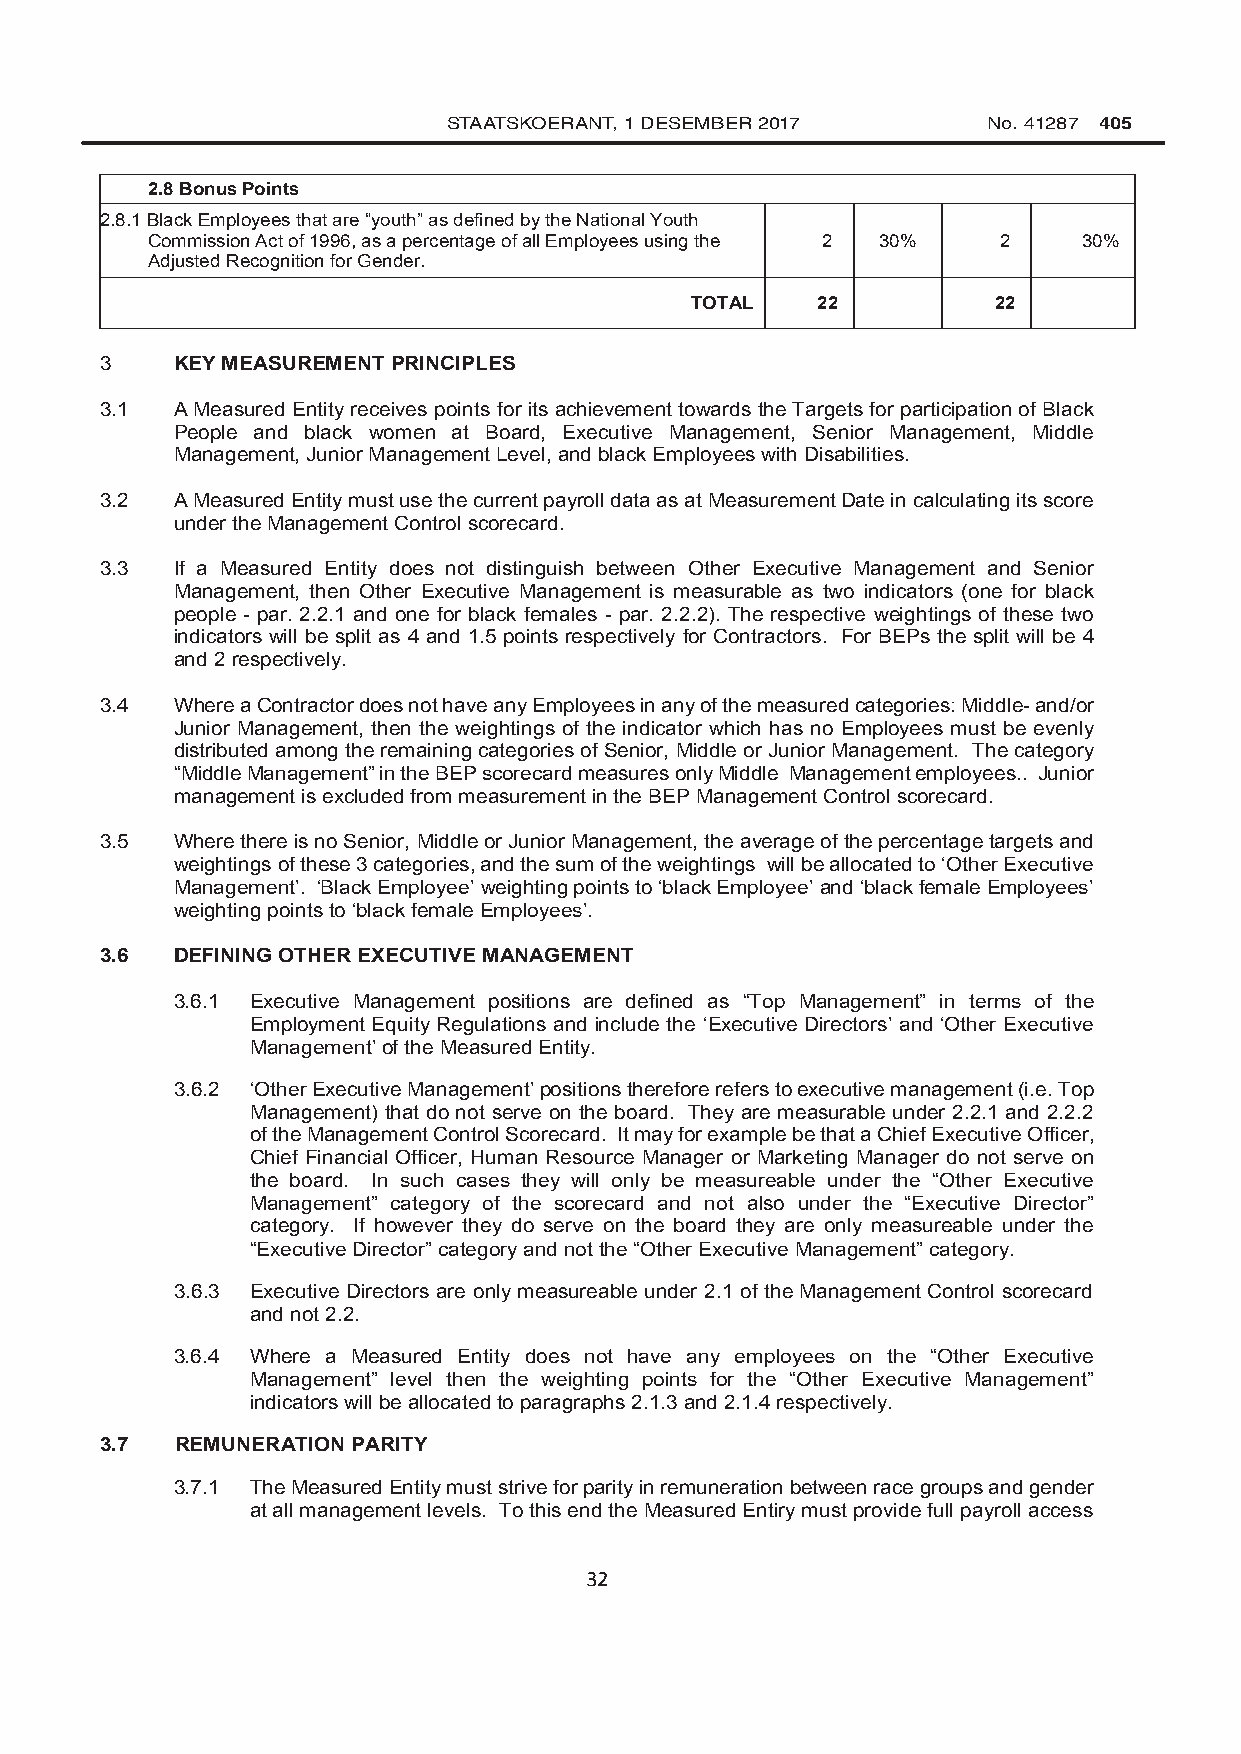
STAATSKOERANT, 1 DESEMBER 2017     No. 41287 405
 2.8 Bonus Points
 2.8.1 Black Employees that are “youth” as defined by the National Youth
 Commission Act of 1996, as a percentage of all Employees using the 2 30% 2 30%
 Adjusted Recognition for Gender.
 TOTAL   22          22
 3   KEY MEASUREMENT PRINCIPLES
 3.1 A Measured Entity receives points for its achievement towards the Targets for participation of Black
 People and black women at Board, Executive Management, Senior Management, Middle
 Management, Junior Management Level, and black Employees with Disabilities.
 3.2  A Measured Entity must use the current payroll data as at Measurement Date in calculating its score
 under the Management Control scorecard.
 3.3  If a Measured Entity does not distinguish between Other Executive Management and Senior
 Management, then Other Executive Management is measurable as two indicators (one for black
 people - par. 2.2.1 and one for black females - par. 2.2.2). The respective weightings of these two
 indicators will be split as 4 and 1.5 points respectively for Contractors. For BEPs the split will be 4
 and 2 respectively.
 3.4 Where a Contractor does not have any Employees in any of the measured categories: Middle- and/or
 Junior Management, then the weightings of the indicator which has no Employees must be evenly
 distributed among the remaining categories of Senior, Middle or Junior Management. The category
 “Middle Management” in the BEP scorecard measures only Middle Management employees.. Junior
 management is excluded from measurement in the BEP Management Control scorecard.
 3.5 Where there is no Senior, Middle or Junior Management, the average of the percentage targets and
 weightings of these 3 categories, and the sum of the weightings will be allocated to ‘Other Executive
 Management’. ‘Black Employee’ weighting points to ‘black Employee’ and ‘black female Employees’
 weighting points to ‘black female Employees’.
 3.6 DEFINING OTHER EXECUTIVE MANAGEMENT
 3.6.1 Executive Management positions are defined as “Top Management” in terms of the
 Employment Equity Regulations and include the ‘Executive Directors’ and ‘Other Executive
 Management’ of the Measured Entity.
 3.6.2 ‘Other Executive Management’ positions therefore refers to executive management (i.e. Top
 Management) that do not serve on the board. They are measurable under 2.2.1 and 2.2.2
 of the Management Control Scorecard. It may for example be that a Chief Executive Officer,
 Chief Financial Officer, Human Resource Manager or Marketing Manager do not serve on
 the board. In such cases they will only be measureable under the “Other Executive
 Management” category of the scorecard and not also under the “Executive Director”
 category. If however they do serve on the board they are only measureable under the
 “Executive Director” category and not the “Other Executive Management” category.
 3.6.3 Executive Directors are only measureable under 2.1 of the Management Control scorecard
 and not 2.2.
 3.6.4 Where a Measured Entity does not have any employees on the “Other Executive
 Management” level then the weighting points for the “Other Executive Management”
 indicators will be allocated to paragraphs 2.1.3 and 2.1.4 respectively.
 3.7  REMUNERATION PARITY
 3.7.1 The Measured Entity must strive for parity in remuneration between race groups and gender
 at all management levels. To this end the Measured Entiry must provide full payroll access
 32